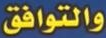
والتوافق